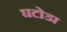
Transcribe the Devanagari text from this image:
घटोडा